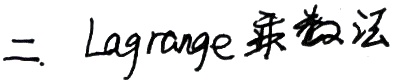
二. Lagrange乘数法